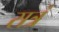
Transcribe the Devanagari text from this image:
सत्रं